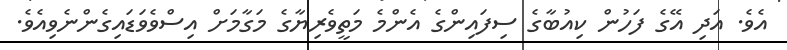
އެވެ. އަދި އޭގެ ފަހުން ކިއުބާގެ ސިފައިންގެ އެންމެ މަތީވެރިޔާގެ މަގާމަށް އިސްވެވަޑައިގެންނެވިއެވެ.